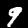
Digit: 9